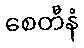
စေတီနံ